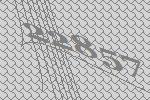
22857